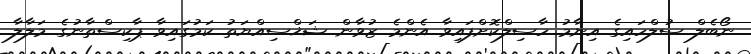
ނޯބެލް ސުލްހައިގެ އިނާމު ހާސިލްކޮށްފައިވާ އެންމެ ޒުވާން ޝަޚްސިއްޔަތު ކަމުގައިވާ ޕާކިސްތާނުގެ މަލާލާ